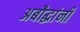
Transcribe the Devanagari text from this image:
अबौद्धांनी